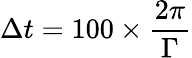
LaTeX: \Delta t=100\times\frac{2\pi}{\Gamma}